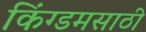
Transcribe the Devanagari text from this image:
किंग्डमसाठी